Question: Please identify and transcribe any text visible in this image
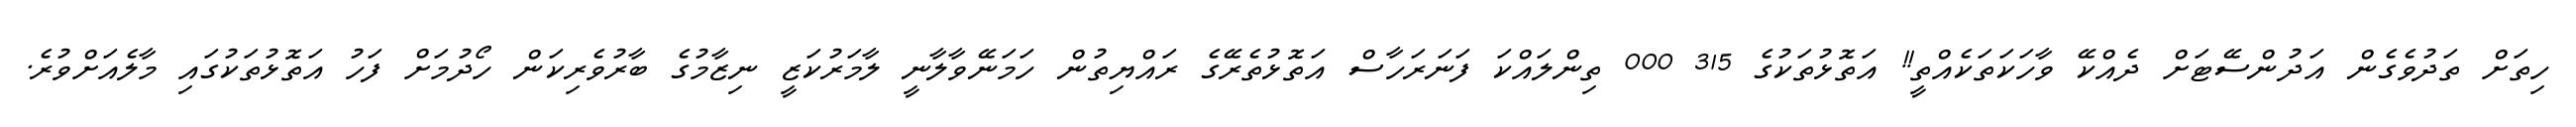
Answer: ހިތަށް ތަދުވެގެން އަދުންސޭޓަށް ދެއްކޭ ވާހަކަތަކެއްތީ!! އަތޮޅުތަކުގެ 315 000 ތިންލައްކަ ފަނަރަހާސް އަތޮޅުތެރޭގެ ރައްޔިތުން ހަމަނޭވާލާނީ ލާމަރުކަޒީ ނިޒާމުގެ ބާރުވެރިކަން ހޯދުމަށް ފަހު އަތޮޅުތަކުގައި މާލެއަށްވުރެ.